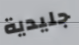
جليدية